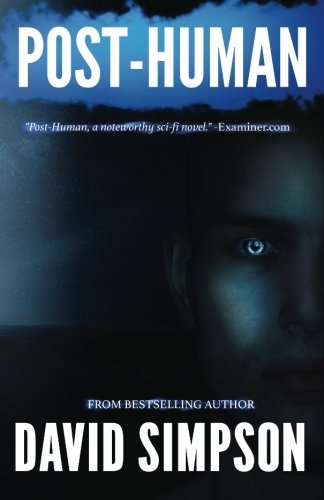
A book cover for Post-Human (Post-Human Series) (Volume 2); David Simpson; Science Fiction & Fantasy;